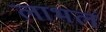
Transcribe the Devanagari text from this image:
लाभलं